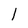
Character: 1